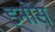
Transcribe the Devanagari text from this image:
इनोस